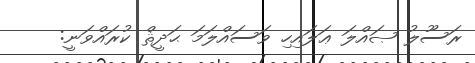
ރަސޫލު ޞައްލަ ޢަލައިހި ވަސައްލަމަ ޙަދީޘް ކުރައްވަނީ: